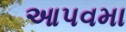
આપવમા